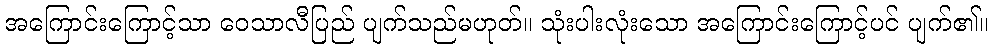
အကြောင်းကြောင့်သာ ဝေသာလီပြည် ပျက်သည်မဟုတ်။ သုံးပါးလုံးသော အကြောင်းကြောင့်ပင် ပျက်၏။